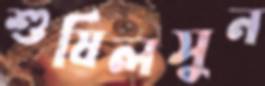
শুষিলসুন